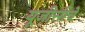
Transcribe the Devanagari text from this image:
यूजीसीचे